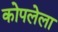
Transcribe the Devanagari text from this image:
कोपलेला